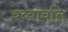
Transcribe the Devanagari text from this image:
यव्यावति